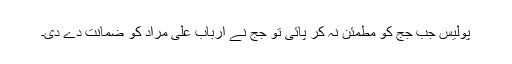
پولیس جب جج کو مطمئن نہ کر پائی تو جج نے ارباب علی مراد کو ضمانت دے دی۔